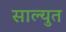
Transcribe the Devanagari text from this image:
साल्युत